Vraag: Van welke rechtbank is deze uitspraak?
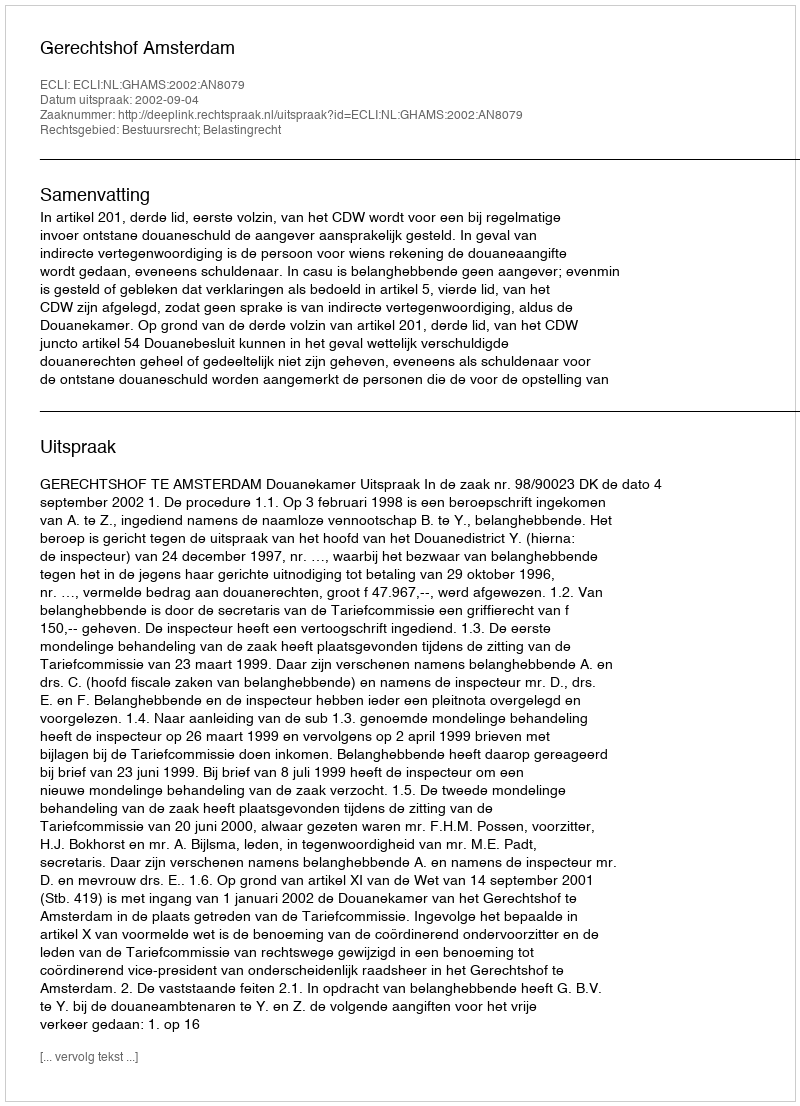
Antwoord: Gerechtshof Amsterdam